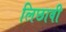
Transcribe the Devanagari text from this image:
लिछावी